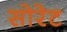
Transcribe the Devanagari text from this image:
सोरेट